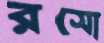
রসো